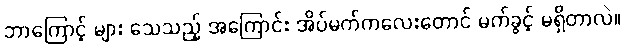
ဘာကြောင့် များ သေသည့် အကြောင်း အိပ်မက်ကလေးတောင် မက်ခွင့် မရှိတာလဲ။